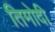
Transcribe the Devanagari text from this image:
तिमोदी